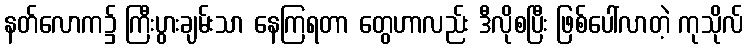
နတ်လောက၌ ကြီးပွားချမ်းသာ နေကြရတာ တွေဟာလည်း ဒီလိုစပြီး ဖြစ်ပေါ်လာတဲ့ ကုသိုလ်